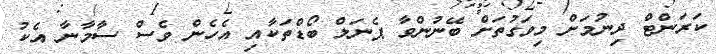
ކަރަންޓް ދިނުމަށް މިވަގުތަށް ބޭނުންވާ ޕެނަލް ބޯޑްތަކާއި އެހެން ވެސް ސާމާނާ އެކު